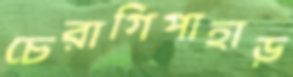
চেরাগিপাহাড়